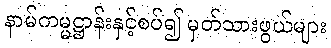
နာမ်ကမ္မဋ္ဌာန်းနှင့်စပ်၍ မှတ်သားဖွယ်များ